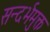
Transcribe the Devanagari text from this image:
सन्दर्भमुक्त